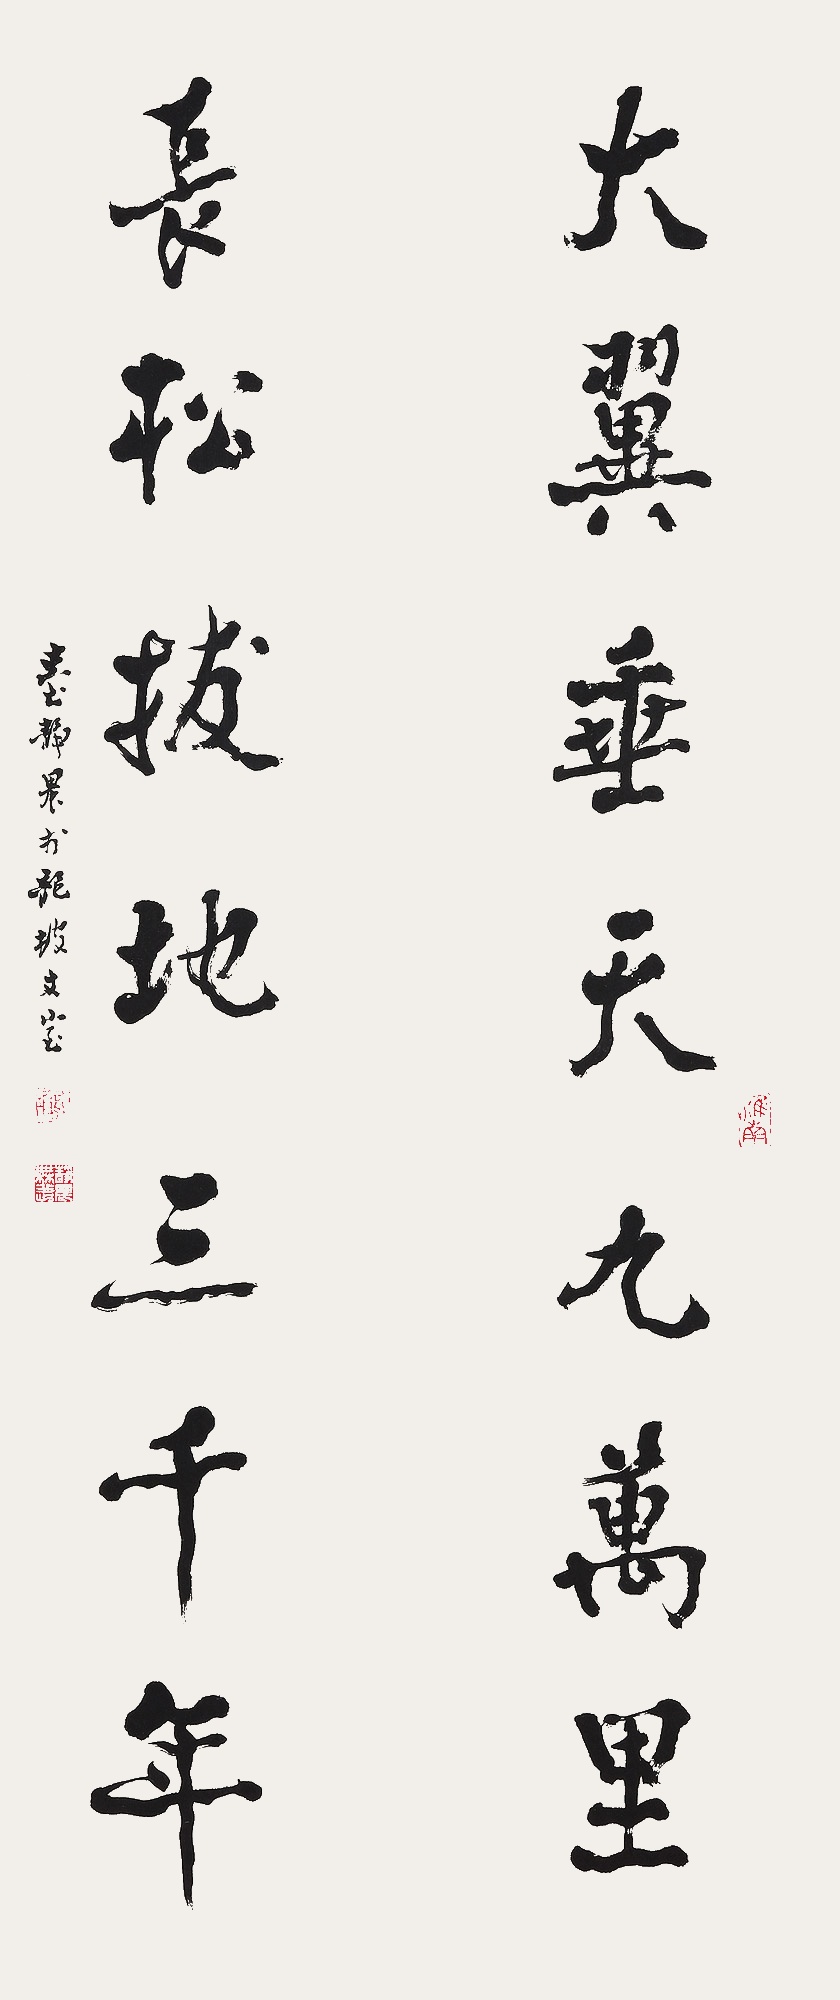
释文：大翼垂天九万里，长松拔地三千年。台静农于龙坡丈室。